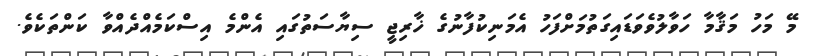
މޭ މަހު މަޤާމާ ހަވާލުވެވަޑައިގަތުމަށްފަހު އެމަނިކުފާނުގެ ޚާރިޖީ ސިޔާސަތުގައި އެންމެ އިސްކަމެއްދެއްވާ ކަންތަކެވެ.